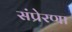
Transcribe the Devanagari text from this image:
संप्रेरणा